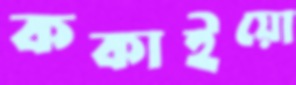
ককাইয়ো